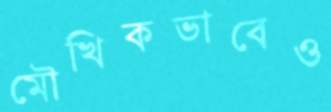
মৌখিকভাবেও